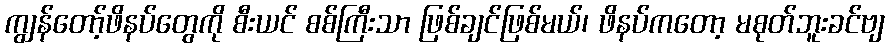
ကျွန်တော့်ဖိနပ်တွေကို စီးယင် စစ်ကြီးသာ ဖြစ်ချင်ဖြစ်မယ်၊ ဖိနပ်ကတော့ မစုတ်ဘူးခင်ဗျ